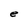
Character: e